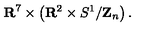
{ \bf R } ^ { 7 } \times \left( { \bf R } ^ { 2 } \times S ^ { 1 } / { \bf Z } _ { n } \right) .